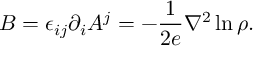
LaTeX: B = \epsilon _ { i j } \partial _ { i } A ^ { j } = - \frac { 1 } { 2 e } { \nabla } ^ { 2 } \ln \rho .